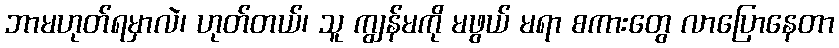
ဘာမဟုတ်ရမှာလဲ၊ ဟုတ်တယ်၊ သူ ကျွန်မကို မဖွယ် မရာ စကားတွေ လာပြောနေတာ